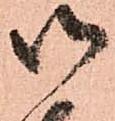
御